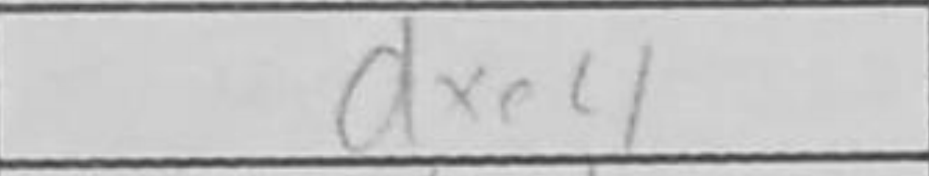
Transcription: dxe4